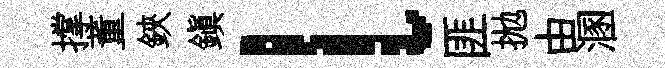
撑董鋏鎭l匪拋由溷